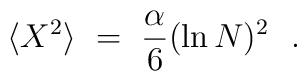
\langle X^2 \rangle ~=~ \frac{\alpha}{6} (\ln N)^2 ~~.